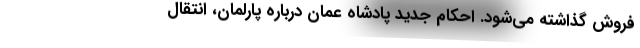
فروش گذاشته می‌شود. احکام جدید پادشاه عمان درباره پارلمان، انتقال